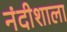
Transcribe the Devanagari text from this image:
नंदीशाला